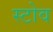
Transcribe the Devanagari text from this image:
स्‍टोव